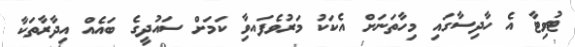
ޓުވިޓާ އެ ހާދިސާގައި މިހާތަނަށް އެކަކު މަރުވެފައވާި ކަމަށް ސައުދީގެ ބައެއް އިދާރާތަކާ